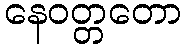
နေဝတ္တတော